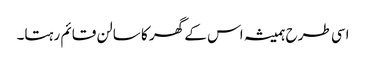
اسی طرح ہمیشہ اس کے گھر کا سالن قائم رہتا۔